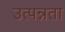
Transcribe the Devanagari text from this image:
उत्पन्नता